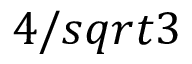
4 / s q r t { 3 }